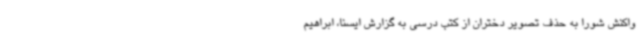
واکنش شورا به حذف تصویر دختران از کتب درسی به گزارش ایسنا، ابراهیم